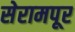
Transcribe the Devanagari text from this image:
सेरामपूर